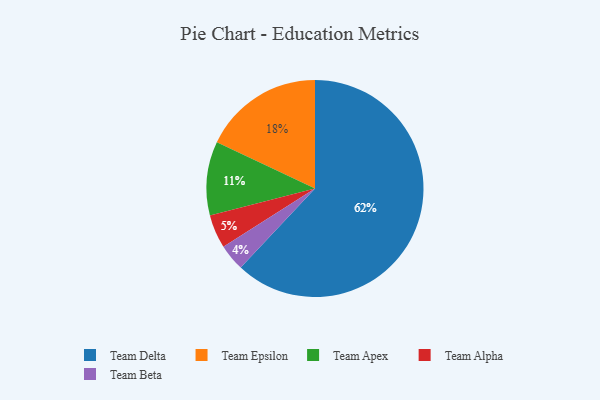
{"axis": {"x": "Category", "y": "Percentage"}, "legend": ["Team Alpha", "Team Apex", "Team Beta", "Team Delta", "Team Epsilon"], "data": [{"x": "Team Alpha", "y": 5, "type": "Team Alpha"}, {"x": "Team Delta", "y": 62, "type": "Team Delta"}, {"x": "Team Epsilon", "y": 18, "type": "Team Epsilon"}, {"x": "Team Apex", "y": 11, "type": "Team Apex"}, {"x": "Team Beta", "y": 4, "type": "Team Beta"}]}